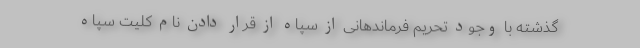
گذشته با وجود تحریم فرماندهانی از سپاه از قرار دادن نام کلیت سپاه